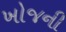
ખોજની